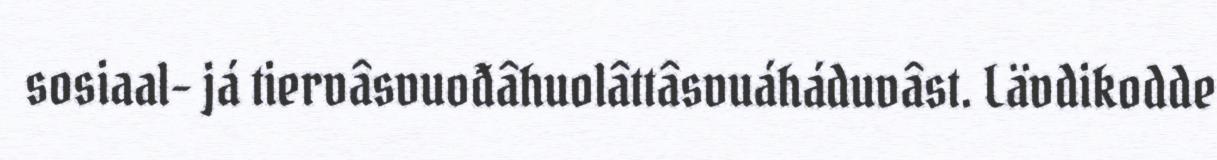
sosiaal- já tiervâsvuođâhuolâttâsvuáháduvâst. Lävdikodde